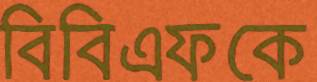
বিবিএফকে